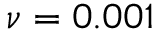
\nu = 0 . 0 0 1